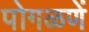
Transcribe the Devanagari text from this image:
पोगळणें